Reports on dispensaries and lunatic asylums in the Province of Oudh - 1869-1876
Year: 1869
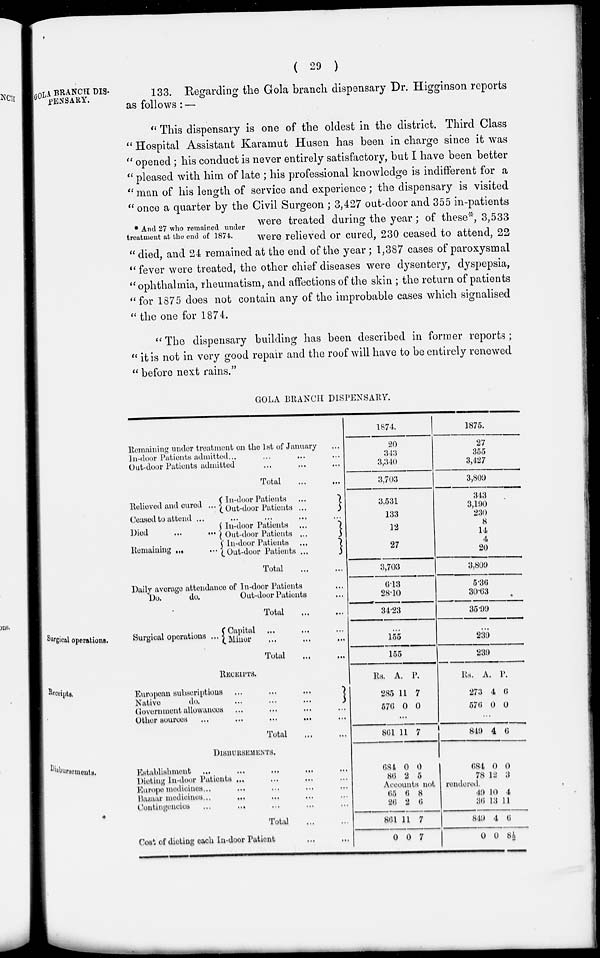
( 29 )
GOLA BRANCH DIS-
PENSARY.
*And 27 who remained under
treatment at the end of 1874.
133. Regarding the Gola branch dispensary Dr. Higginson reports
as follows: —
" This dispensary is one of the oldest in the district. Third Class
" Hospital Assistant Karamut Husen has been in charge since it was
" opened ; his conduct is never entirely satisfactory, but I have been better
" pleased with him of late ; his professional knowledge is indifferent for a
" man of his length of service and experience; the dispensary is visited
" once a quarter by the Civil Surgeon ; 3,427 out-door and 355 in-patients
were treated during the year; of these*, 3,533
were relieved or cured, 230 ceased to attend, 22
" died, and 24 remained at the end of the year; 1,387 cases of paroxysmal
"fever were treated, the other chief diseases were dysentery, dyspepsia,
"ophthalmia, rheumatism, and affections of the skin ; the return of patients
"for 1875 does not contain any of the improbable cases which signalised
"the one for 1874.
"The dispensary building has been described in former reports ;
" it is not in very good repair and the roof will have to be entirely renewed
" before next rains."
GOLA BRANCH DISPENSARY.
Remaining under treatment on the 1st of January ...
In-door Patients admitted ... ... ... ...
Out-door Patients admitted ... ... ...
Total ... ...
Relieved and cured ...
In-door Patients
...
Out-door Patients
...
Ceased to attend
...
...
...
...
...
Died ... ...
Remaining ... ...
In-door Patients
...
Out-door Patients
...
In-door Patients
...
Out-door Patients
...
Total ... ...
Daily average attendance of In-door Patients ...
Do.
do.
Out-door Patients ...
Total
...
...
1874.
20
343
3,340
3,703
3,531
133
13
27
3,703
6.13
28.10
34.23
1875.
27
355
3,427
3,809
343
3,190
230
8
14
4
20
3,809
5.36
30.63
35.99
Surgical operations.
Surgical operations ... Capital ... ... ...
Minor ... ... ...
Total ... ...
...
155
155
...
239
239
Receipts.
RECEIPTS.
European subscriptions ...
...
...
Native
do.
...
...
...
Government allowances ... ... ... ...
Other sources ... ... ... ... ...
Total ... ...
Rs.
285
576
A.
11
0
P.
7
0
...
861 11 7
Rs.
273
576
A.
4
0
P.
6
0
...
849 4 6
Disbursements.
DISBURSEMENTS.
Establishment ... ... ... ... ...
Dieting In-door Patients ... ... ... ...
Europe medicines ... ... ... ... ...
Bazaar medicines ... ... ... ... ...
Contingencies
... ... ... ... ...
Total ... ...
Cost of dieting each In-door Patient ... ...
684
86
0
2
0
5
684
78
0
12
0
3
Accounts not rendered.
65
26
861
0
6
2
11
0
8
6
7
7
49
36
849
0
10
13
4
0
4
11
6
8½